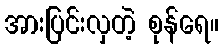
အားပြင်းလှတဲ့ စုန်ရေ။